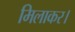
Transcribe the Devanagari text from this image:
मिलाकर।